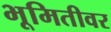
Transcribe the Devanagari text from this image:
भूमितीवर